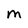
Character: M